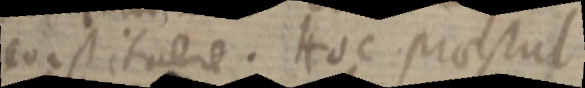
constituere. Hoc praestul